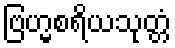
ဗြဟ္မစရိယသုတ္တံ